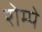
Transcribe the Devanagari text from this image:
रोम्पे